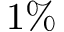
1 \%